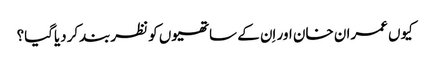
کیوں عمران خان اور اِن کے ساتھیوں کو نظربندکردیاگیا؟